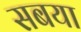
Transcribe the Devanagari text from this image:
सबया